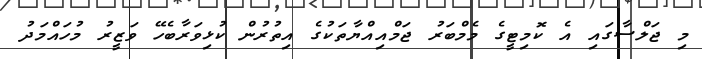
މި ޖަލްސާގައި އެ ކޮމިޓީގެ މެމްބަރު ޖަމްއިއްޔާތަކުގެ އިތުރުން ކުޅިވަރާބެހޭ ވަޒީރު މުހައްމަދު